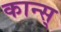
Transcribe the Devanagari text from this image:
कान्स्